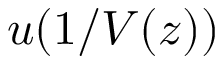
\textstyle u ( 1 / V ( z ) )